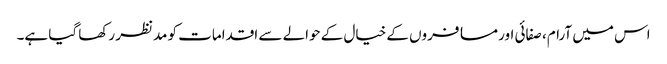
اس میں آرام، صفائی اور مسافروں کے خیال کے حوالے سے اقدامات کو مدنظر رکھا گیا ہے۔